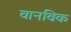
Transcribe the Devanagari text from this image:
वानविक